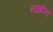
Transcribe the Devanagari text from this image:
नाझीना